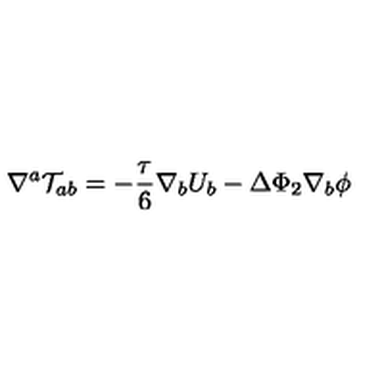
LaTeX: \nabla ^ { a } { \cal T } _ { a b } = - \frac { \tau } { 6 } \nabla _ { b } U _ { b } - \Delta \Phi _ { 2 } \nabla _ { b } \phi